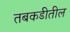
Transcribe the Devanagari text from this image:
तबकडीतील